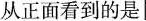
从正面看到的是